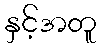
နှင့်အတူ